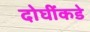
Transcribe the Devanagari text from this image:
दोघींकडे